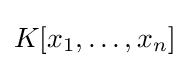
K[x_{1},\ldots ,x_{n}]